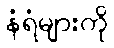
နံရံများကို